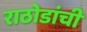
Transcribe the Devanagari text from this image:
राठोडांची